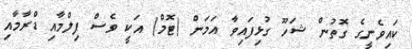
ކައިވެނީގެ ގޮތުން ޝަހޫ ގުޅިފައިވާ އަމަން (ޓޮމް) އަކީ ވެސް ފިލްމާއި ޑްރާމާއި